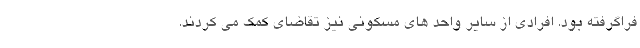
فراگرفته بود. افرادی از سایر واحد های مسکونی نیز تقاضای کمک می کردند.